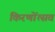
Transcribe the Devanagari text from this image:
किरणोंत्सव